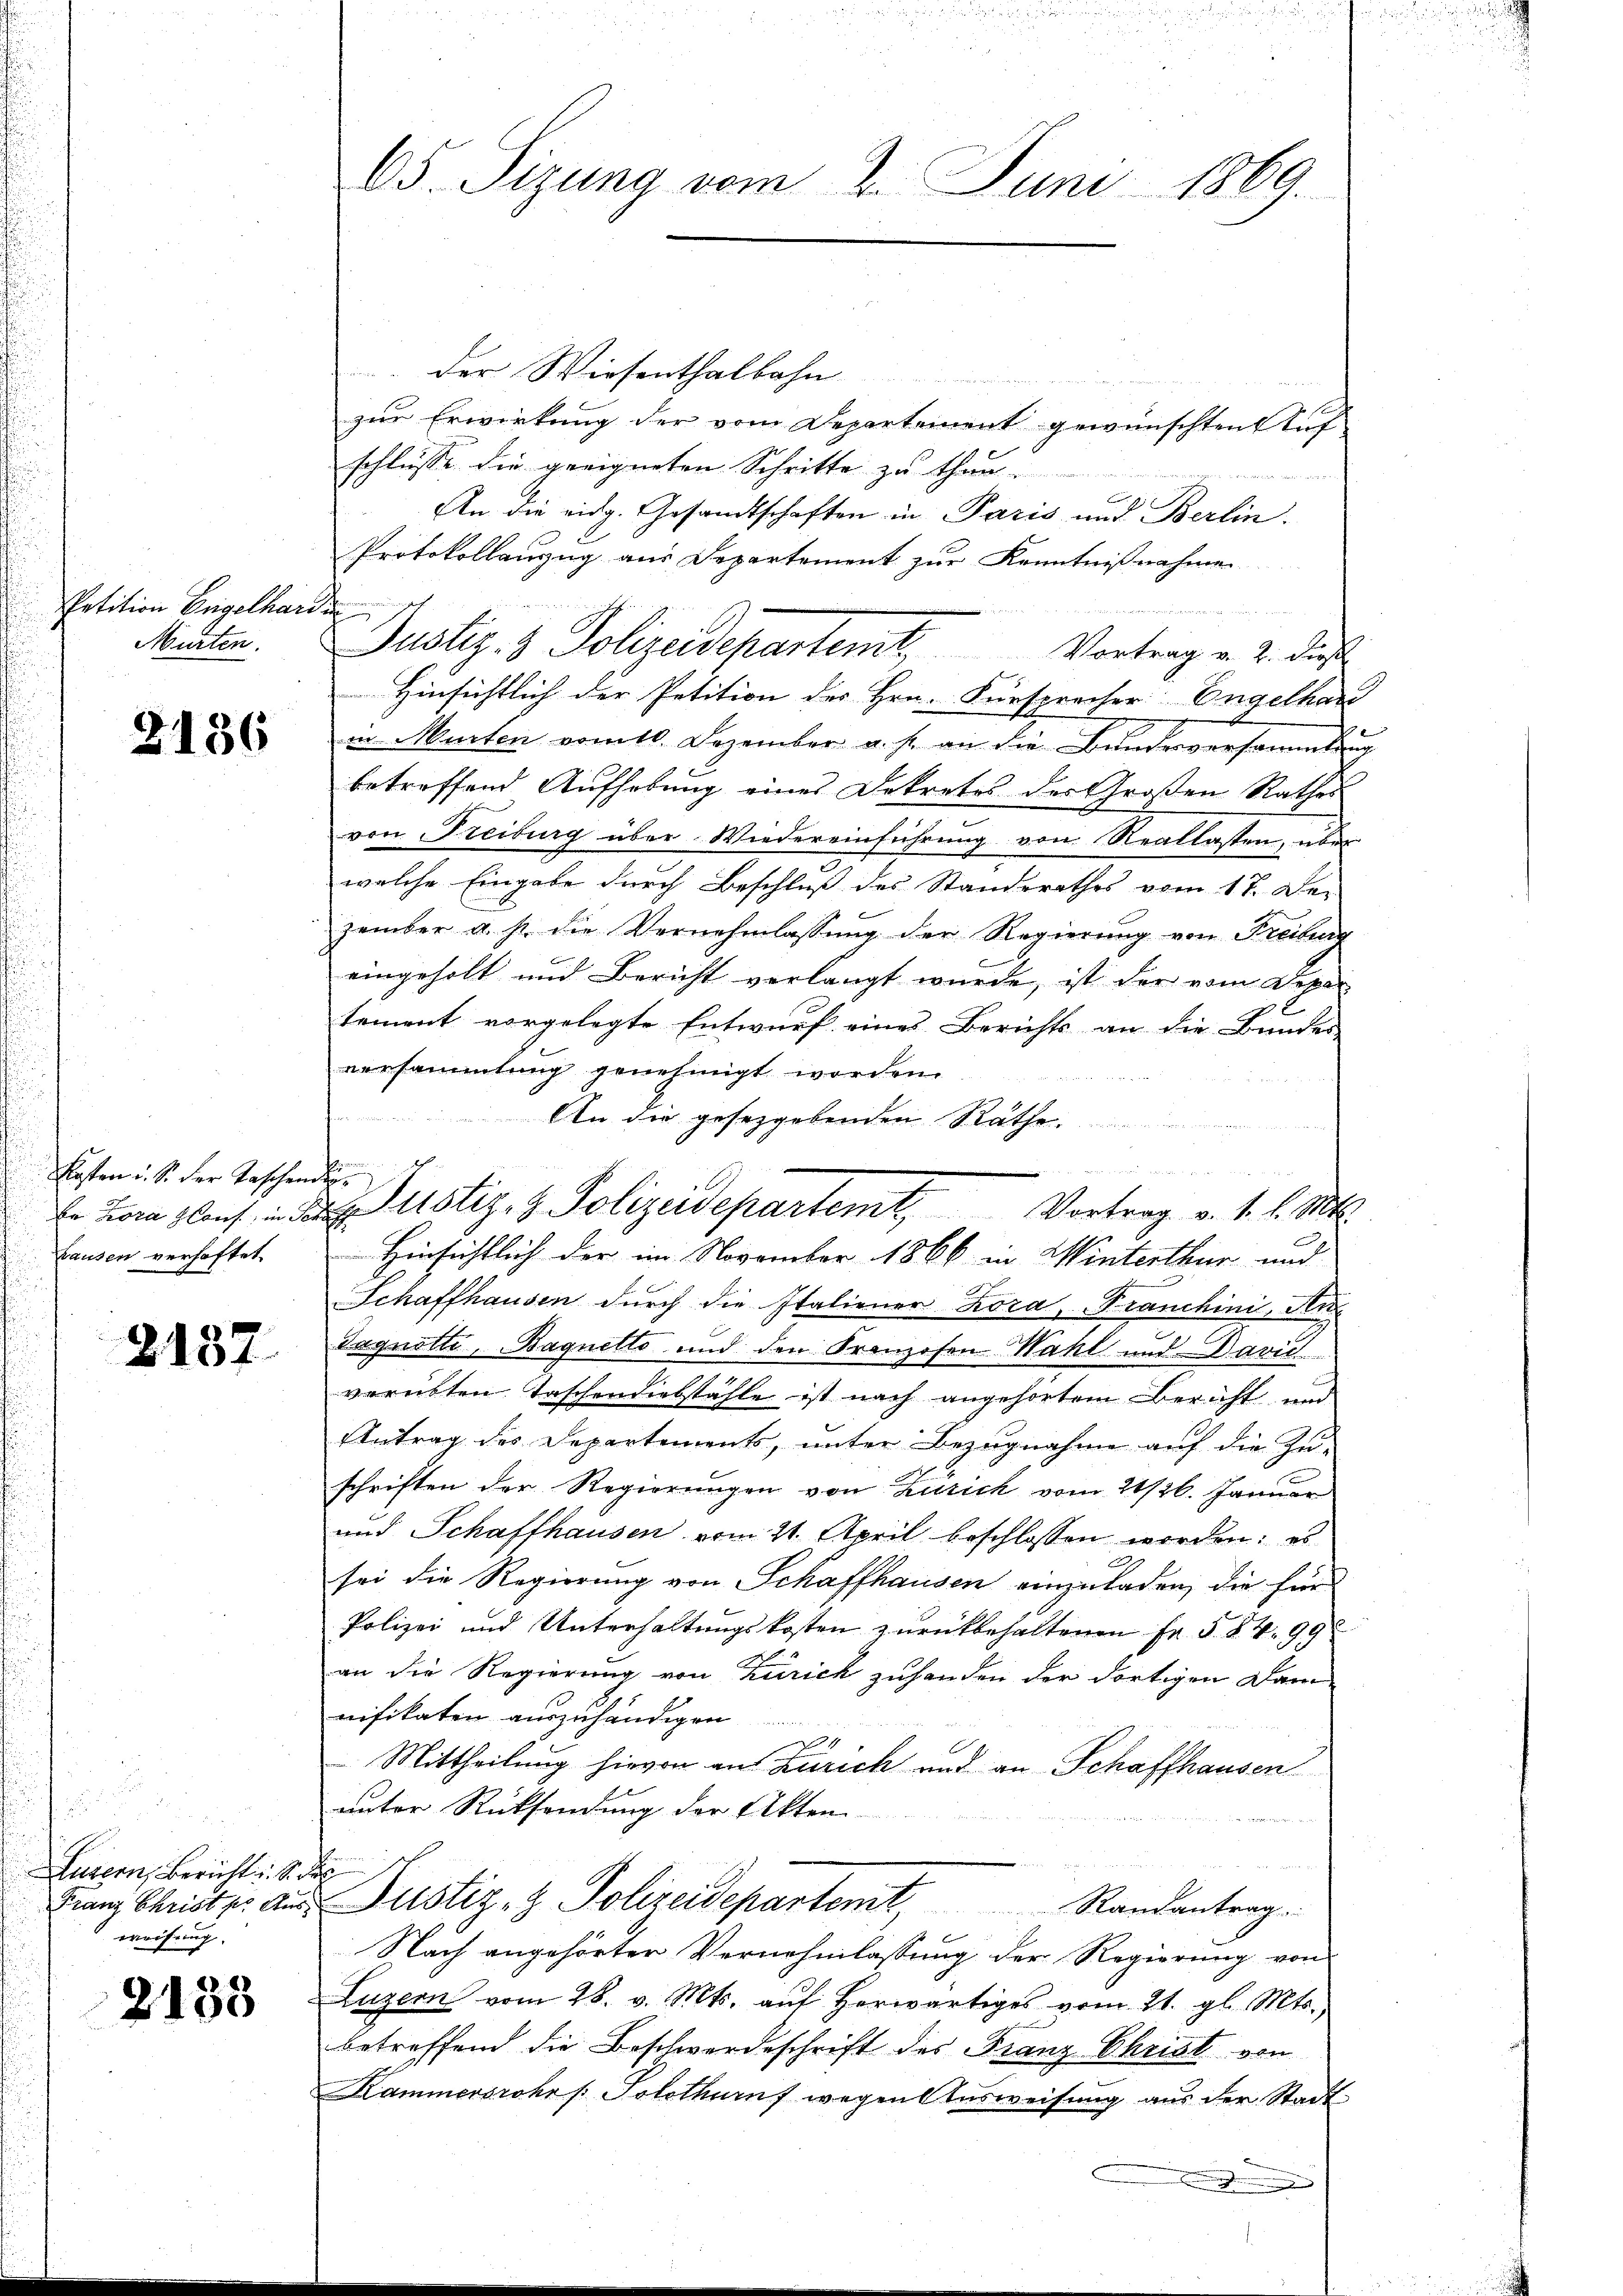
Petition Engelhardin
Murten.

2136

Kasten u. S. der Taschenden.
tausen verhaftet.

2137

Luzern, Bericht. S
weisung.

2133

65. Sizung vom 2. Juni 1869.

.der Wiesenthalbahn
zur Erwirkung der vom Departement gewünschten Auf
schlüsse die geeigneten Schritte zu thun.
An die eidg. Gesandtschaften in Paris und Berlin.
Protokollanzug aus Departement zur Kenntnißnahmen
u
Hinsichtlich der Petition des Hrn. Fürsprecher Engelhar
in Murten vom 10. Dezember a. s. an die Bundesversammlung
betreffend Aufhebung eines Dekretes des Großen Rathes
von Freiburg über Wiedereinführung von Reallasten, über
welche Eingabe durch Beschluß des Standerathes vom 17. De-
zember a. p. die Vernehmlassŭng der Regierŭng von Freiburg
eingeholt und Bericht verlangt wurde, ist der vom Deper
tement vorgelegte Entwurf eines Berichts an die Bundes
versammlung genehmigt worden.
An die gesezgebenden Räthe
Schaffhausen dŭrch die Italiener Kora, Franchini, An
Sagnotte, Baquetto und den Franzosen Wahl und Davić
verübten Taschendiebstähle ist nach angehörtem Bericht und
Antrag des Departements, unter Bezugnahme auf die Zu-
schriften der Regierungen von Zürich vom 21/26. Januar
und Schaffhausen vom 21. April beschlossen worden; es
sei die Regierung von Schaffhausen einzuladen, die für
Polizei und Unterhaltungskosten zurückbehaltenen Fr. § 84. 99
an die Regierung von Zürich zuhanden der dortigen Dam
nifikaten auszuhändigen
 Mittheilung hievon an Zürich und an Schaffhausen
unter Rücksendung der Akten
h
Franz Christer aus Justiz- & Polizeidepartemt Randantrag.
Nach angehörter Vernehmlassung der Regierung von
Luzern vom 28. v. Mts. auf herwärtiges vom 21. gl. Mts.,
betreffend die Beschwerdeschrift des Franz Christ von
Kammersrohr /: Solothurnf wegen Aŭsweisŭng aus der Stadt
.

de
Er vom lauf der Justiz- & Polizeidepartemt. Vortrag v. 1. l. M.
Hinsichtlich der im November 1866 in Winterthur und

Justiz- & Polizeidepartemet, Vortrag u. 2. dies